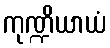
ကုဏ္ဍိယာယံ